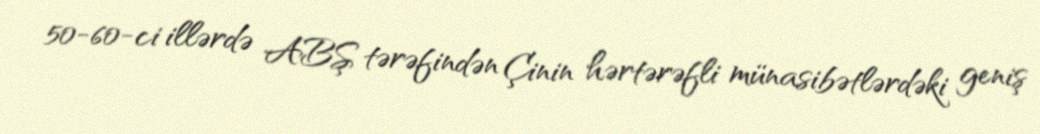
50-60-ci illərdə ABŞ tərəfindən Çinin hərtərəfli münasibətlərdəki geniş